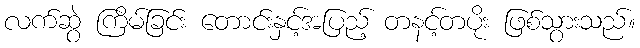
လက်ဆွဲ ကြိမ်ခြင်း တောင်းနှင့်အပြည့် တနင့်တပိုး ဖြစ်သွားသည်။